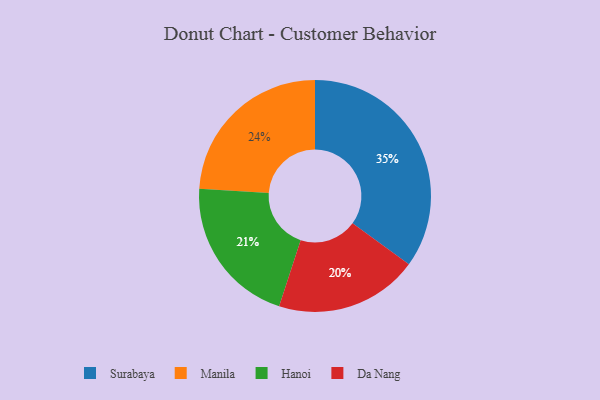
{"axis": {"x": "Category", "y": "Percentage"}, "legend": ["Da Nang", "Hanoi", "Manila", "Surabaya"], "data": [{"x": "Hanoi", "y": 21, "type": "Hanoi"}, {"x": "Da Nang", "y": 20, "type": "Da Nang"}, {"x": "Manila", "y": 24, "type": "Manila"}, {"x": "Surabaya", "y": 35, "type": "Surabaya"}]}